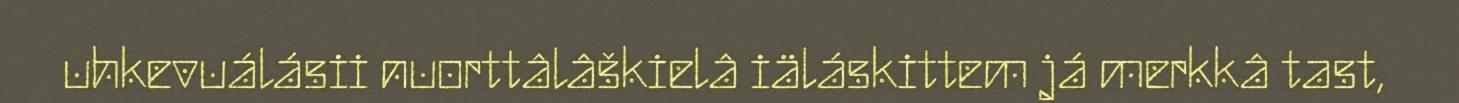
uhkevuálásii nuorttâlâškielâ iäláskittem já merkkâ tast,